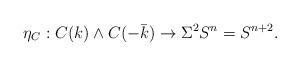
LaTeX: \begin{align*} \eta_C:C(k) \wedge C(-\bar{k}) \rightarrow \Sigma^2 S^n = S^{n+2}.\end{align*}